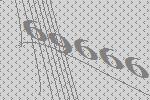
69666